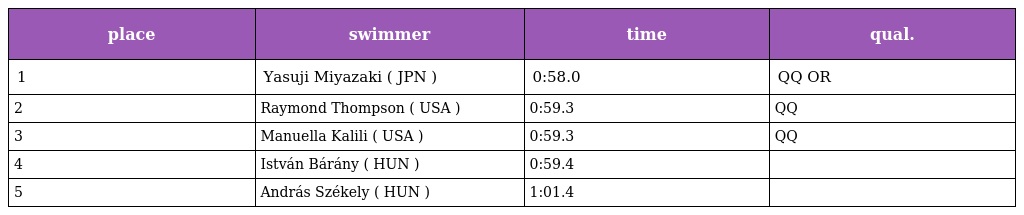
| place | swimmer | time | qual. |
 | --- | --- | --- | --- |
 | 1 | Yasuji Miyazaki ( JPN ) | 0:58.0 | QQ OR |
 | 2 | Raymond Thompson ( USA ) | 0:59.3 | QQ |
 | 3 | Manuella Kalili ( USA ) | 0:59.3 | QQ |
 | 4 | István Bárány ( HUN ) | 0:59.4 |  |
 | 5 | András Székely ( HUN ) | 1:01.4 |  |